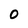
Character: 0